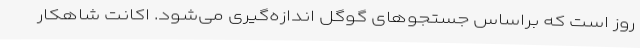
روز است که براساس جستجوهای گوگل اندازه‌گیری می‌شود. اکانتِ شاهکار